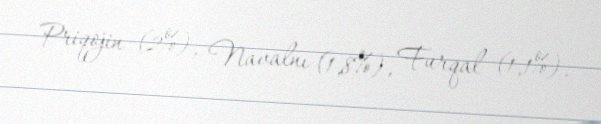
Priqojin (2%), Navalnı (1,8%), Furqal (1,1%).